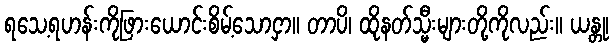
ရသေ့ရဟန်းကိုဖြားယောင်းစိမ့်သောငှာ။ တာပိ၊ ထိုနတ်သ္မီးများတို့ကိုလည်း။ ယန္တု၊